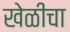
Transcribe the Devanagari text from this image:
खेळीचा